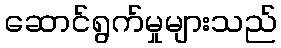
ဆောင်ရွက်မှုများသည်